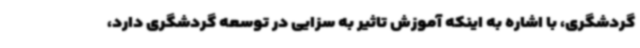
گردشگری، با اشاره به اینکه آموزش تاثیر به سزایی در توسعه گردشگری دارد،